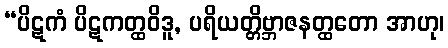
“ပိဋကံ ပိဋကတ္ထဝိဒူ, ပရိယတ္တိဗ္ဘာဇနတ္ထတော အာဟု၊